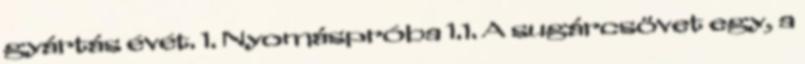
gyártás évét. 1. Nyomáspróba 1.1. A sugárcsövet egy, a